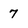
Character: 7